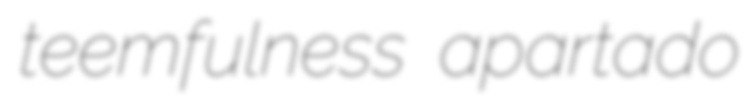
teemfulness apartado